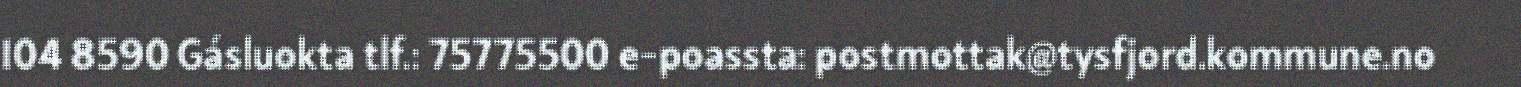
104 8590 Gásluokta tlf.: 75775500 e-poassta: postmottak@tysfjord.kommune.no